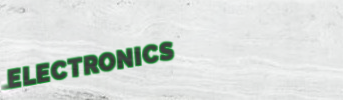
ELECTRONICS